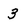
Character: 3